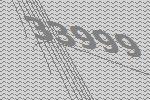
33999